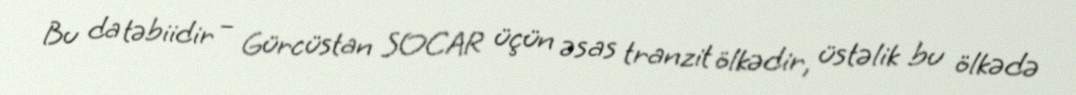
Bu da təbiidir – Gürcüstan SOCAR üçün əsas tranzit ölkədir, üstəlik bu ölkədə